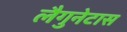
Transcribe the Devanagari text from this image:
लैगुनेटास